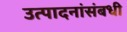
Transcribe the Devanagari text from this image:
उत्पादनांसंबधी